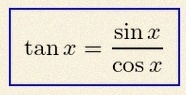
\tan x=\frac{\sin x}{\cos x}